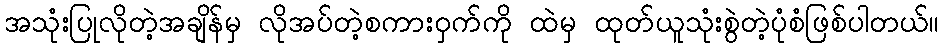
အသုံးပြုလိုတဲ့အချိန်မှ လိုအပ်တဲ့စကားဝှက်ကို ထဲမှ ထုတ်ယူသုံးစွဲတဲ့ပုံစံဖြစ်ပါတယ်။